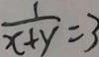
\frac { 1 } { x + y } = 3